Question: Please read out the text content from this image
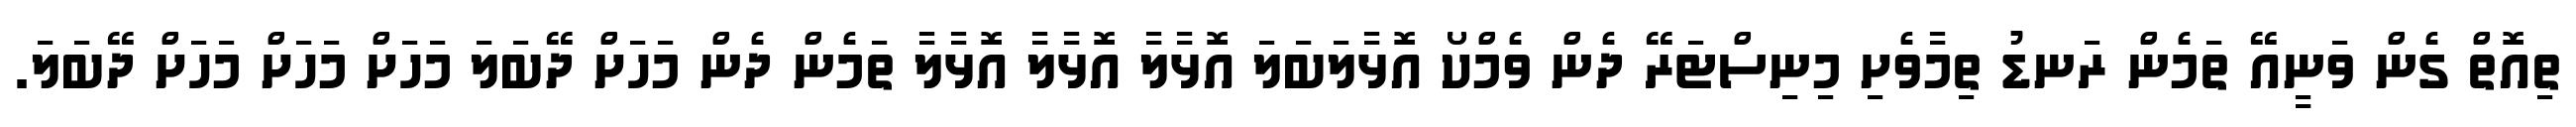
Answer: ތިއޮތް ގެން ވަނީއޭ ތަމެން ރަނޑު ތިމާވެށި މިނިސްޓަރޭ ދެން ވެމްކޯ އޮޅާލަބަލަ އޮޅާލާ އޮޅާލާ އޮޅާލާ ތަމެން ދެން މަހަށް ދޭބަލަ މަހަށް މަހަށް މަހަށް ދޭބަލަ.